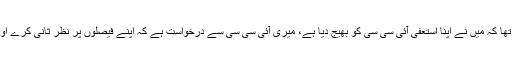
بنگلہ دیش پہنچنے پر میڈیا سے گفتگو کرتے ہوئے مصطفی کمال کا کہنا تھا کہ میں نے اپنا استعفیٰ آئی سی سی کو بھیج دیا ہے، میری آئی سی سی سے درخواست ہے کہ اپنے فیصلوں پر نظر ثانی کرے اور اس بات کا بغور جائزہ لے کہ میں نے کن وجوہات کی بنا پر استعفیٰ دیا۔